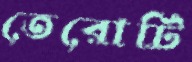
তেরোটি